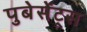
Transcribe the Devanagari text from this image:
पुबेसेंट्स